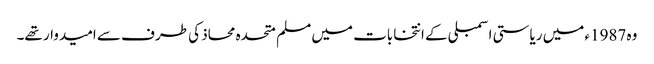
وہ 1987ء میں ریاستی اسمبلی کے انتخابات میں مسلم متحدہ محاذ کی طرف سے امیدوار تھے۔